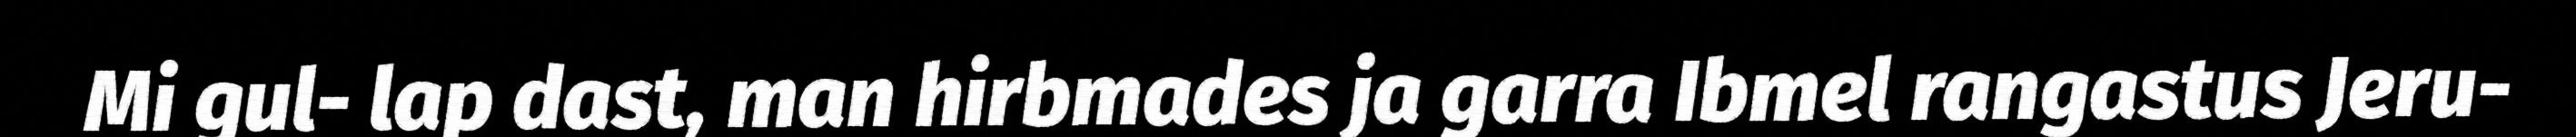
Mi gul- lap dast, man hirbmades ja garra Ibmel rangastus Jeru-